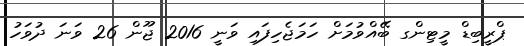
ޕްރީބިޑް މީޓިންގ ބޭއްވުމަށް ހަމަޖެހިފައި ވަނީ 2016 ޖޫން 26 ވަނަ ދުވަހު